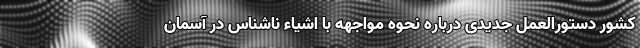
کشور دستورالعمل جدیدی درباره نحوه مواجهه با اشیاء ناشناس در آسمان